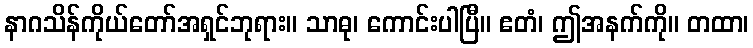
နာဂသိန်ကိုယ်တော်အရှင်ဘုရား။ သာဓု၊ ကောင်းပါပြီ။ ဧတံ၊ ဤအနက်ကို။ တထာ၊